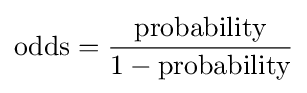
{\text{odds}}={\frac {\text{probability}}{1-{\text{probability}}}}